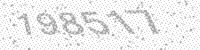
Solution: 198517